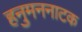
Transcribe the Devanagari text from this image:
हनुमननाटक